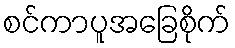
စင်ကာပူအခြေစိုက်